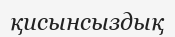
қисынсыздық